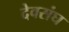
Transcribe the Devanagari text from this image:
देवसंघ